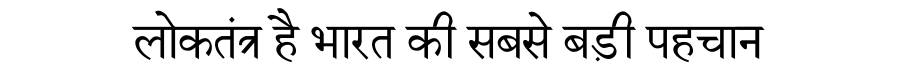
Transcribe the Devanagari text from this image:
लोकतंत्र है भारत की सबसे बड़ी पहचान